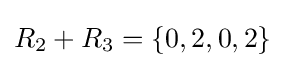
R_{2}+R_{3}=\{0,2,0,2\}